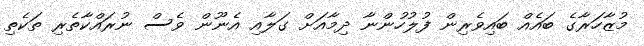
މުޒާހަރާގެ ބައެއް ބައިވެރިން ފުލުހުންނާ ދިމާއަށް ގަލާއި އެނޫން ވެސް ނުރައްކާތެރި ތަކެތި